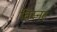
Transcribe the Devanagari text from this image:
विस्नर